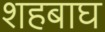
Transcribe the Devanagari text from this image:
शहबाघ